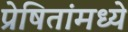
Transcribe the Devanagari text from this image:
प्रेषितांमध्ये